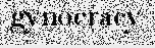
gynocracy